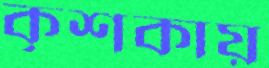
কৃশকায়